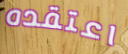
اعتقده